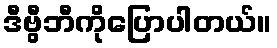
ဒီဗွီဘီကိုပြောပါတယ်။